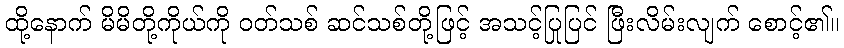
ထို့နောက် မိမိတို့ကိုယ်ကို ဝတ်သစ် ဆင်သစ်တို့ဖြင့် အသင့်ပြုပြင် ဖြီးလိမ်းလျက် စောင့်၏။